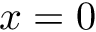
x = 0